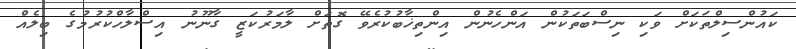
ކައުންސިލްތަކަށް ވަކި ނިސްބަތަކުން އަންހެނުން އިންތިޚާބުކުރެވޭ ގޮތަށް ލާމަރުކަޒީ ގާނޫނު އިސްލާހްކުރުމުގެ ބިލެއް